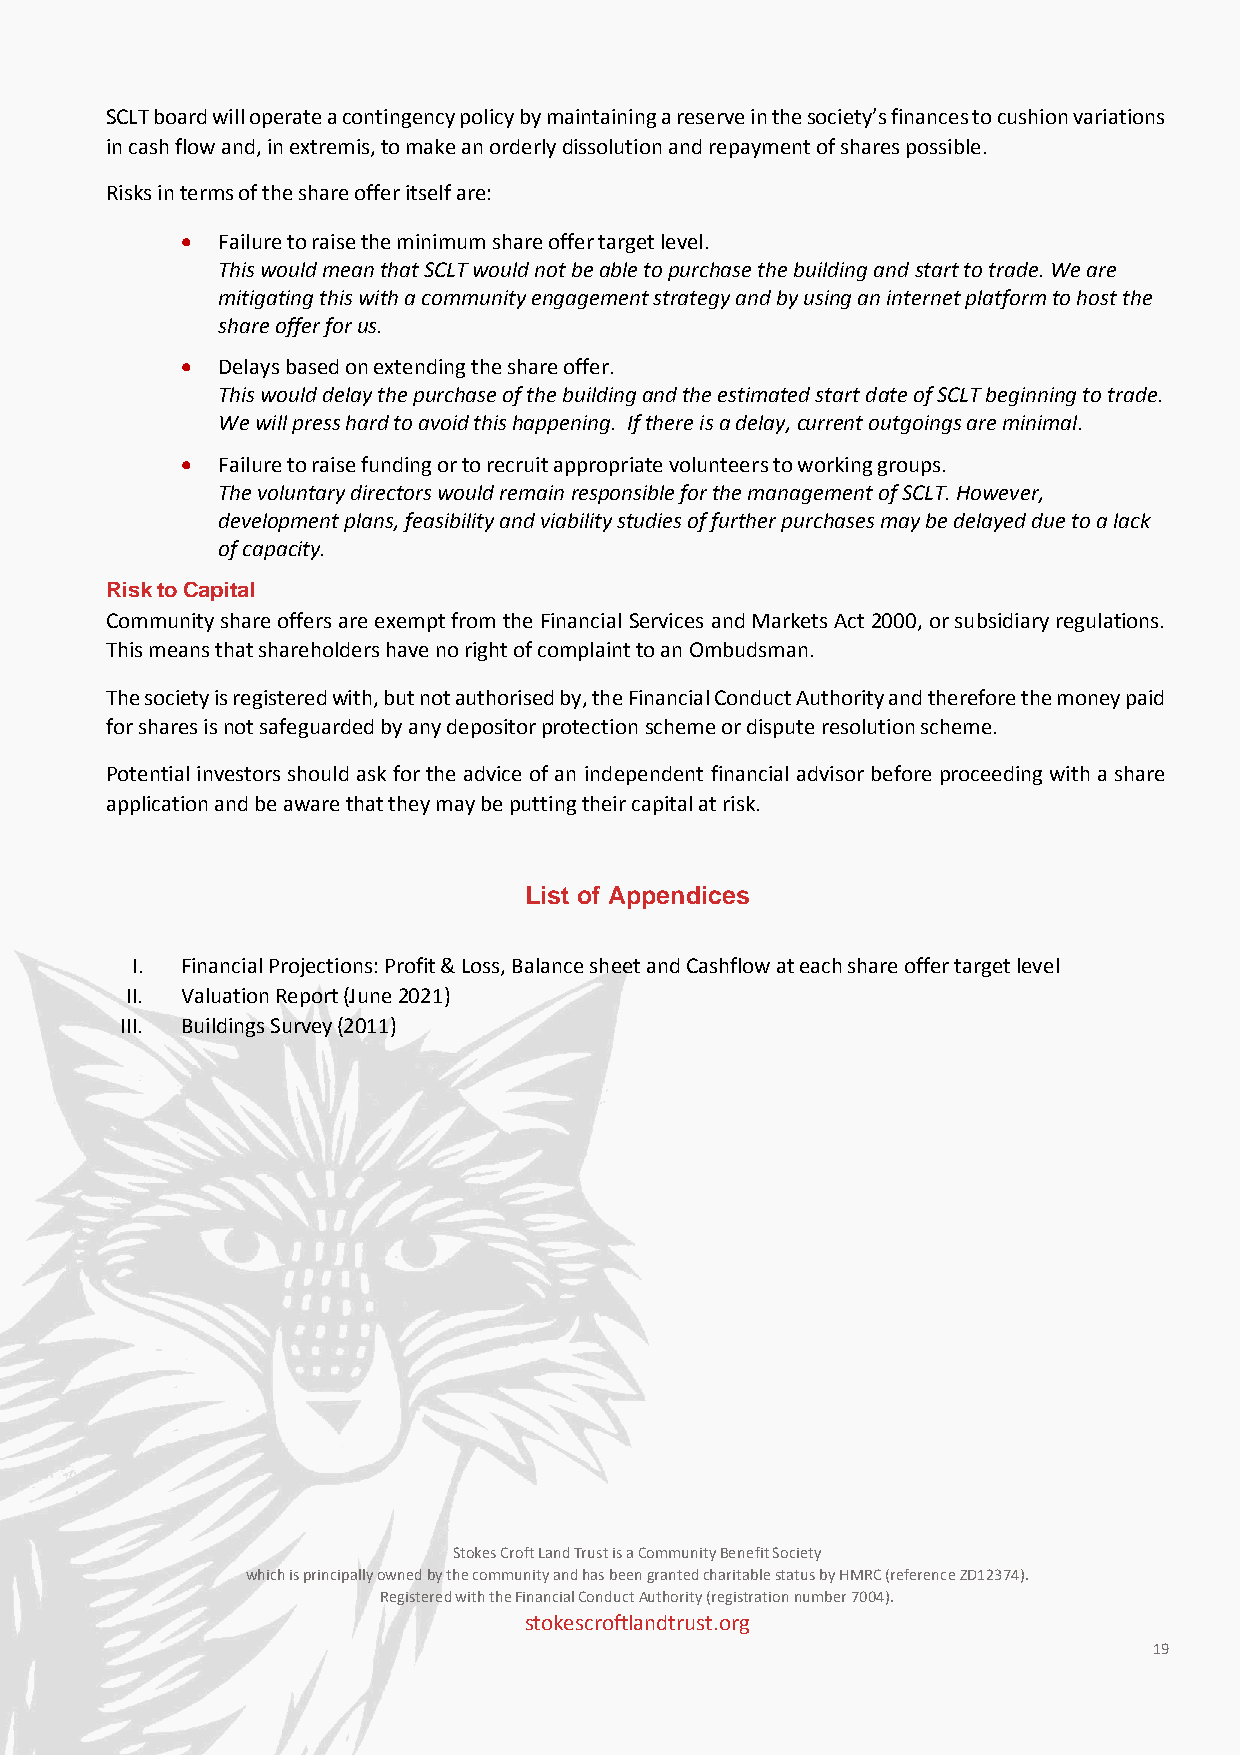
SCLT board will operate a contingency policy by maintaining a reserve in the society’s finances to cushion variations
 in cash flow and, in extremis, to make an orderly dissolution and repayment of shares possible.
 Risks in terms of the share offer itself are:
 • Failure to raise the minimum share offer target level.
 This would mean that SCLT would not be able to purchase the building and start to trade. We are
 mitigating this with a community engagement strategy and by using an internet platform to host the
 share offer for us.
 • Delays based on extending the share offer.
 This would delay the purchase of the building and the estimated start date of SCLT beginning to trade.
 We will press hard to avoid this happening. If there is a delay, current outgoings are minimal.
 • Failure to raise funding or to recruit appropriate volunteers to working groups.
 The voluntary directors would remain responsible for the management of SCLT. However,
 development plans, feasibility and viability studies of further purchases may be delayed due to a lack
 of capacity.
 Risk to Capital
 Community share offers are exempt from the Financial Services and Markets Act 2000, or subsidiary regulations.
 This means that shareholders have no right of complaint to an Ombudsman.
 The society is registered with, but not authorised by, the Financial Conduct Authority and therefore the money paid
 for shares is not safeguarded by any depositor protection scheme or dispute resolution scheme.
 Potential investors should ask for the advice of an independent financial advisor before proceeding with a share
 application and be aware that they may be putting their capital at risk.
 List of Appendices
 I. Financial Projections: Profit & Loss, Balance sheet and Cashflow at each share offer target level
 II. Valuation Report (June 2021)
 III. Buildings Survey (2011)
 Stokes Croft Land Trust is a Community Benefit Society
 which is principally owned by the community and has been granted charitable status by HMRC (reference ZD12374).
 Registered with the Financial Conduct Authority (registration number 7004).
 stokescroftlandtrust.org
 19